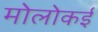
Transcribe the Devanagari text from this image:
मोलोकई